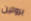
بروتين